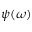
\psi ( \omega )